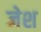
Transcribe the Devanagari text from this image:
जेश